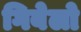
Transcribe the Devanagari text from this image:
गिबेलो